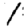
Digit: 1